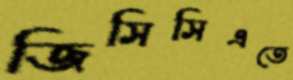
জিসিসিএতে